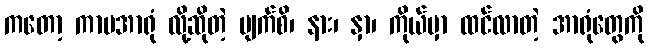
ကတော့ ကာမအာရုံ လို့ဆိုတဲ့ မျက်စိ၊ နား၊ နှာ၊ ကိုယ်မှာ ထင်လာတဲ့ အာရုံတွေကို